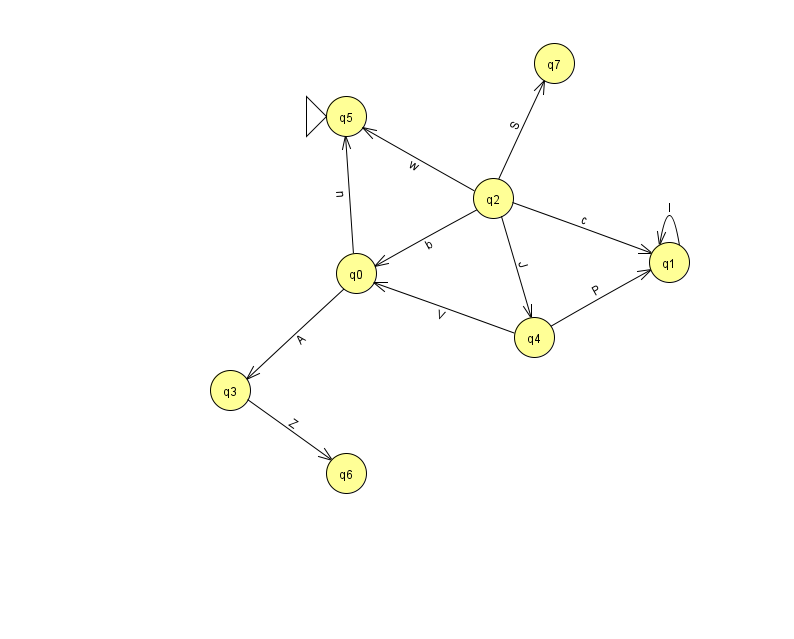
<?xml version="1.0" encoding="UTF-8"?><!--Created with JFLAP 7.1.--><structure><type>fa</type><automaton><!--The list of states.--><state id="0" name="q0"><x>356.0</x><y>260.0</y></state><state id="1" name="q1"><x>669.0</x><y>249.0</y></state><state id="2" name="q2"><x>493.0</x><y>185.0</y></state><state id="3" name="q3"><x>230.0</x><y>377.0</y></state><state id="4" name="q4"><x>534.0</x><y>324.0</y></state><state id="5" name="q5"><x>346.0</x><y>103.0</y><initial/></state><state id="6" name="q6"><x>346.0</x><y>460.0</y></state><state id="7" name="q7"><x>554.0</x><y>50.0</y></state><!--The list of transitions.--><transition><from>2</from><to>0</to><read>b</read></transition><transition><from>2</from><to>1</to><read>c</read></transition><transition><from>4</from><to>0</to><read>V</read></transition><transition><from>4</from><to>1</to><read>P</read></transition><transition><from>0</from><to>5</to><read>n</read></transition><transition><from>3</from><to>6</to><read>Z</read></transition><transition><from>1</from><to>1</to><read>l</read></transition><transition><from>2</from><to>7</to><read>S</read></transition><transition><from>0</from><to>3</to><read>A</read></transition><transition><from>2</from><to>4</to><read>J</read></transition><transition><from>2</from><to>5</to><read>w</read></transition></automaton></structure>